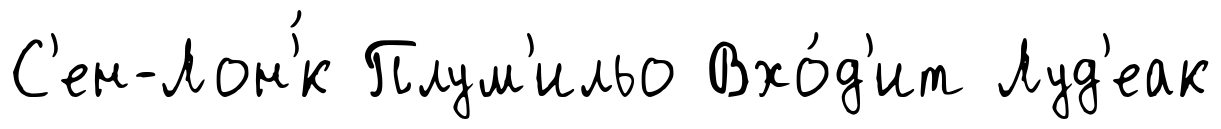
С'ен-Лон'́к Плум'ильо Вхо́д'ит Луд'еак